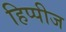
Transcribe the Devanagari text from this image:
हिप्पीज